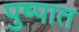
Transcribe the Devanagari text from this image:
पुष्पात